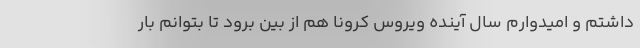
داشتم و امیدوارم سال آینده ویروس کرونا هم از بین برود تا بتوانم بار